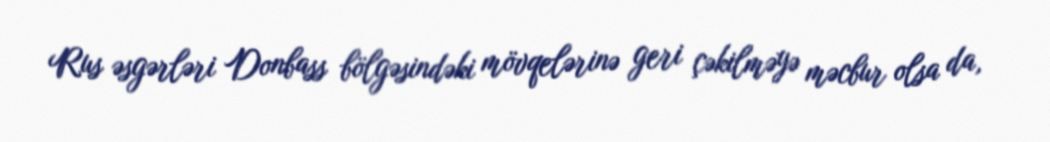
Rus əsgərləri Donbass bölgəsindəki mövqelərinə geri çəkilməyə məcbur olsa da,